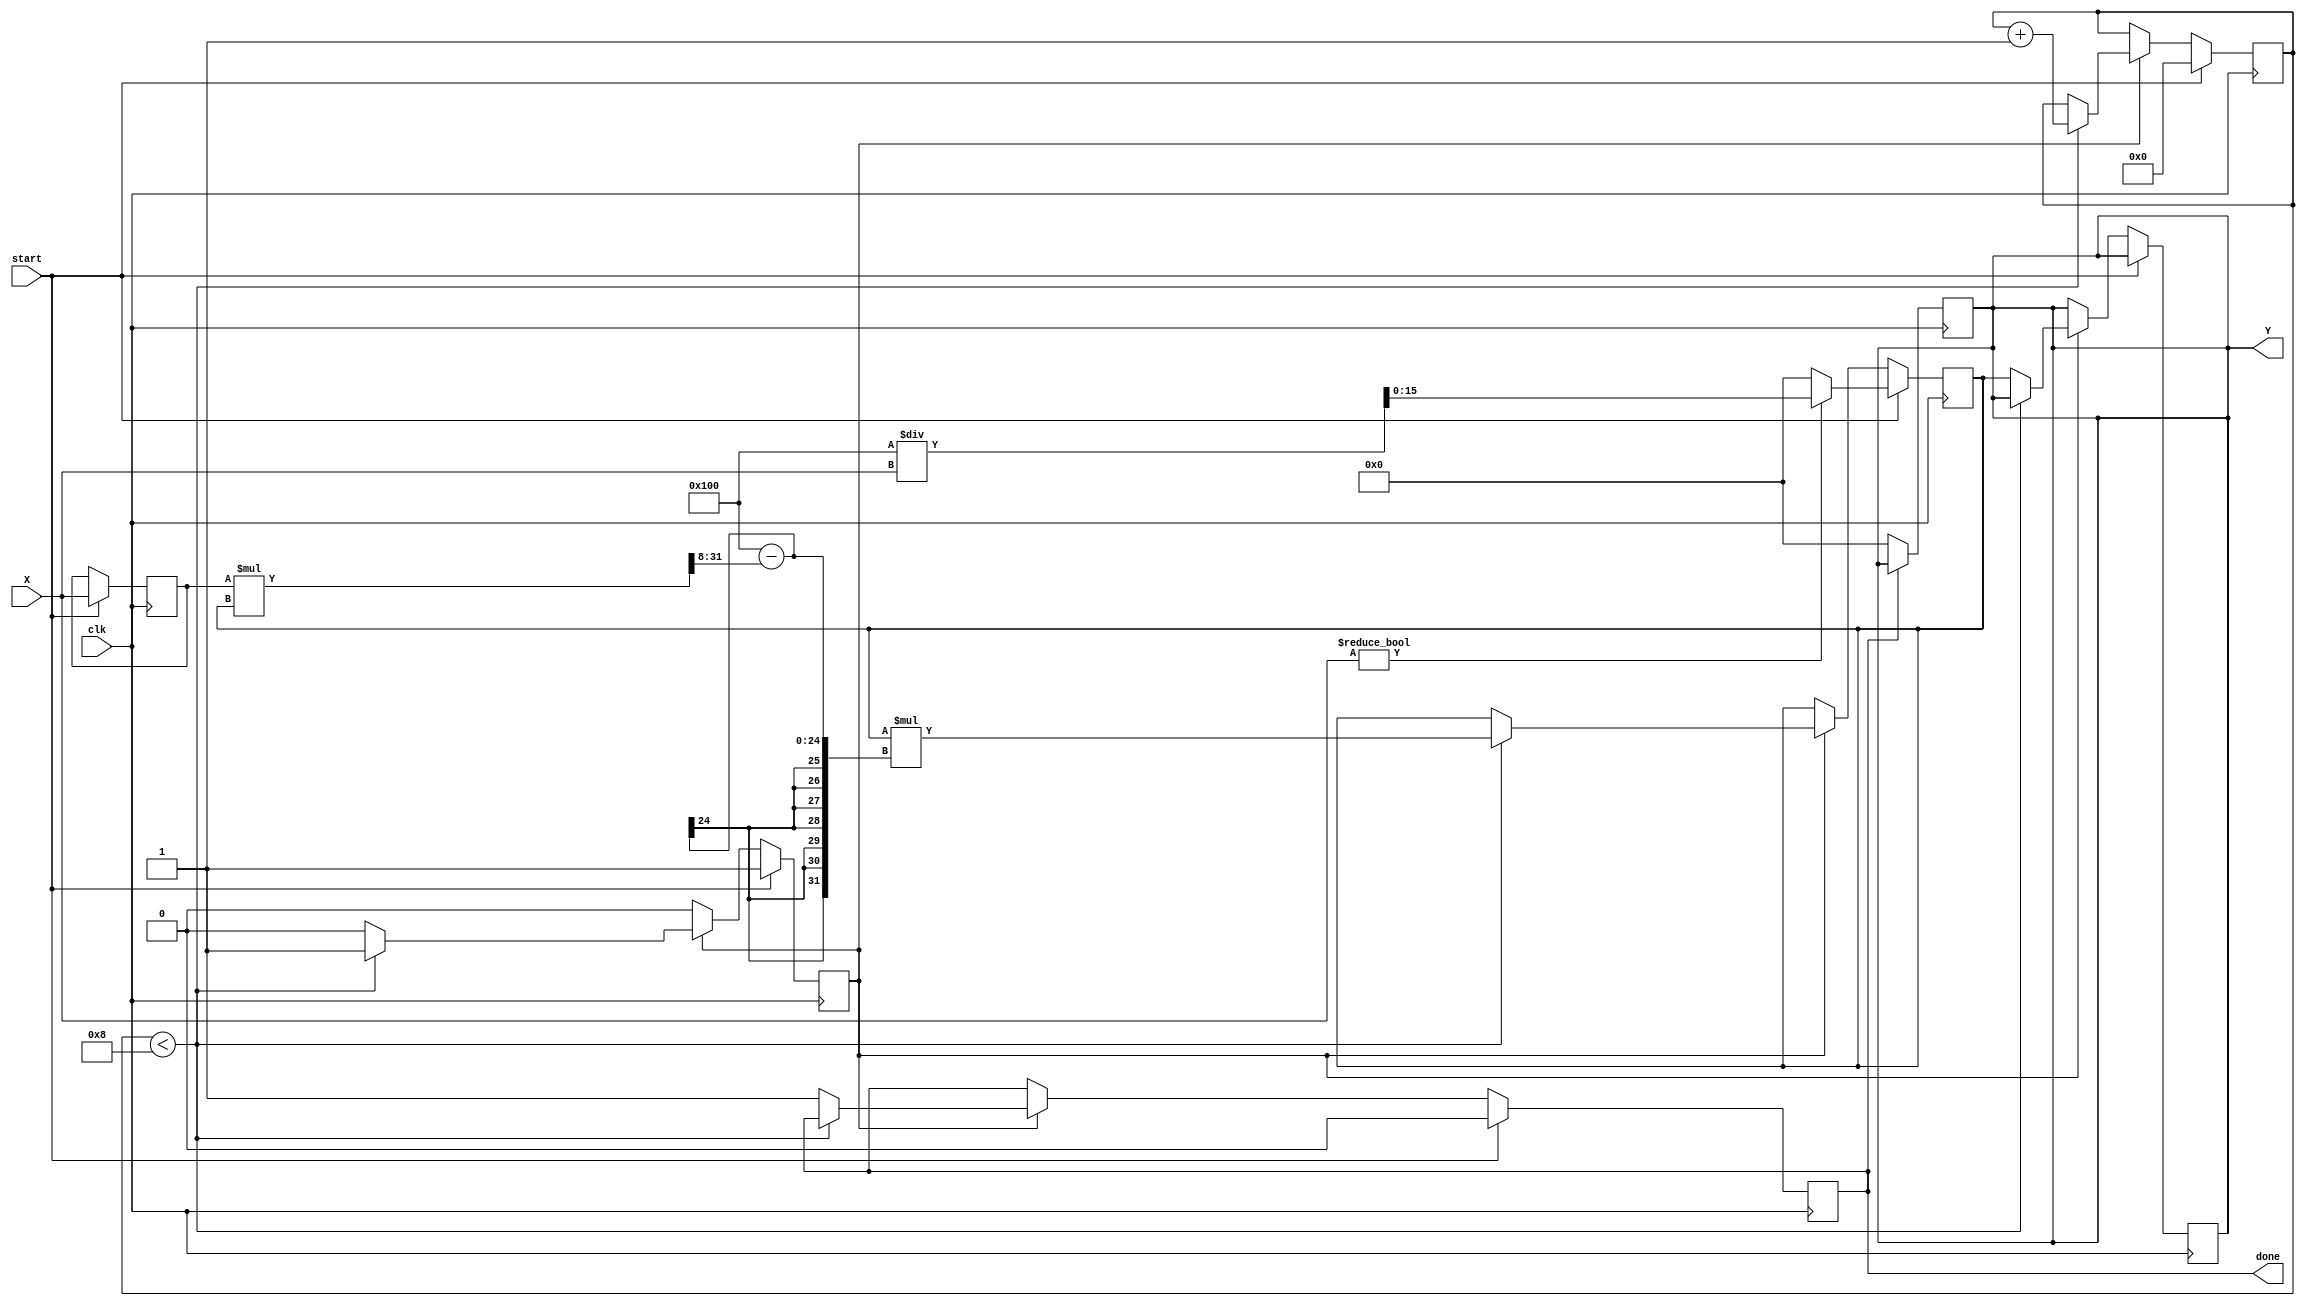
module FixedPointReciprocal #(
    parameter N = 16,  // Bit-width of input (example: 16 bits)
    parameter M = 16,  // Bit-width of output (example: 16 bits)
    parameter FRACTIONAL_BITS = 8 // Number of fractional bits
)(
    input  wire [N-1:0] X,       // Fixed-point input
    input  wire clk,              // Clock
    input  wire start,            // Start signal
    output reg  [M-1:0] Y,        // Fixed-point output (reciprocal)
    output reg  done              // Done signal
);

    // Internal variables
    reg [N-1:0] X_reg;
    reg [M-1:0] approx;           // Current approximation
    reg [5:0] iteration_count;    // Loop index
    reg in_progress;

    // Parameters for iterative refinement
    localparam MAX_ITERATIONS = 8; // Maximum iterations
    localparam TOLERANCE = 1;       // Tolerance for convergence

    // Initial guess (can be adjusted based on input range)
    wire [M-1:0] initial_guess = (X != 0) ? (1 << (M - FRACTIONAL_BITS)) / X : {M{1'b0}}; // Start with a value based on input

    // Main process
    always @(posedge clk) begin
        if (start) begin
            // Initialize
            X_reg <= X;
            approx <= initial_guess;
            iteration_count <= 0;
            done <= 0;
            in_progress <= 1;
        end else if (in_progress) begin
            if (iteration_count < MAX_ITERATIONS) begin
                // Newton-Raphson iteration: approx = approx * (2 - X * approx)
                approx <= approx * ((1 << FRACTIONAL_BITS) - (X_reg * approx >> FRACTIONAL_BITS));
                
                // Increment the iteration count
                iteration_count <= iteration_count + 1;
            end else begin
                // Finalize output and complete
                done <= 1;
                Y <= approx;
                in_progress <= 0;
            end
        end
    end

    // Output disable logic
    always @(posedge clk) begin
        if (!done) begin
            Y <= {M{1'b0}};  // Output is zero when not done
        end
    end

endmodule